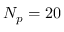
N _ { p } = 2 0